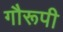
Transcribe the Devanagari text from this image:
गौरूपी